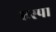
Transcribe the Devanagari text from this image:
एस्पा